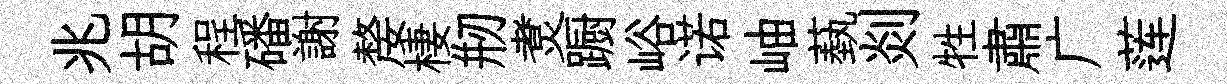
兆胡程磻謝嫠棲剏煑蹰峪诺岫蓺剡牲肅广莲